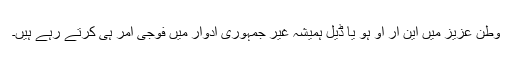
وطن عزیز میں این آر او ہو یا ڈیل ہمیشہ غیر جمہوری ادوار میں فوجی آمر ہی کرتے رہے ہیں۔